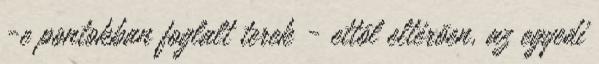
-e pontokban foglalt terek - ettõl eltérõen, az egyedi